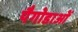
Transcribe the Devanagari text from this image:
पैगोडाओं